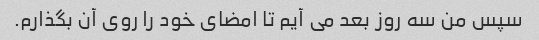
سپس من سه روز بعد می آیم تا امضای خود را روی آن بگذارم.